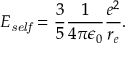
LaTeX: E _ { \it s e l f } = \frac { 3 } { 5 } \frac { 1 } { 4 \pi \epsilon _ { 0 } } \frac { e ^ { 2 } } { r _ { e } } .